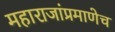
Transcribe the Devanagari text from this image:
महाराजांप्रमाणेच